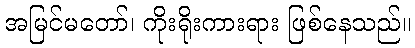
အမြင်မတော်၊ ကိုးရိုးကားရား ဖြစ်နေသည်။